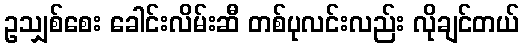
ဥသျှစ်စေး ခေါင်းလိမ်းဆီ တစ်ပုလင်းလည်း လိုချင်တယ်